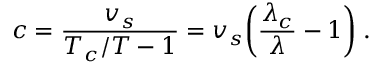
c = \frac { v _ { s } } { T _ { c } / T - 1 } = v _ { s } \biggl ( \frac { \lambda _ { c } } { \lambda } - 1 \biggr ) \; .